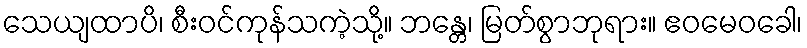
သေယျထာပိ၊ စီးဝင်ကုန်သကဲ့သို့။ ဘန္တေ၊ မြတ်စွာဘုရား။ ဧဝမေဝခေါ၊